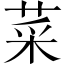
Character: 菜